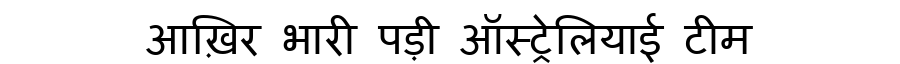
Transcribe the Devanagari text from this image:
आख़िर भारी पड़ी ऑस्ट्रेलियाई टीम